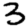
Digit: 3